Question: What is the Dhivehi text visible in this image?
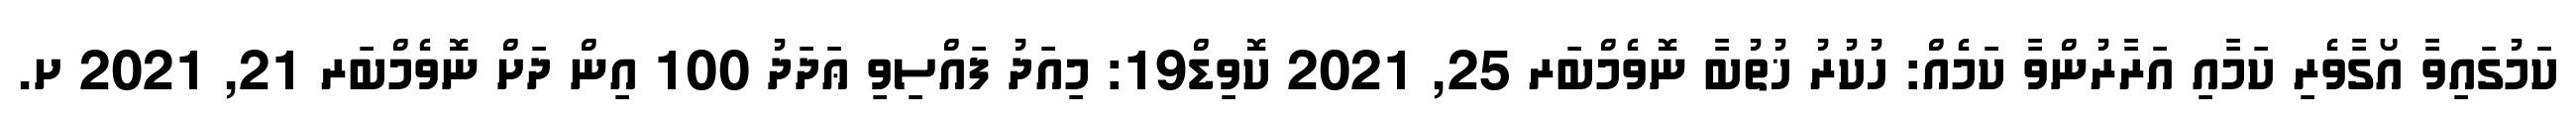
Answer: ކަމުގައިވާ އޯގާވެރި ކަމާއި އަރާރުންވާ ކަމެއް: ހުކުރު ޚުތުބާ ނޮވެމްބަރ 25, 2021 ކޮވިޑް19: މިއަދު ފައްސިވި ޢަދަދު 100 އިން ދަށް ނޮވެމްބަރ 21, 2021 ށ.